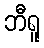
ဘီရူ